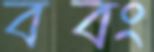
ববং